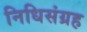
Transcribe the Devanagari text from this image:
निधिसंग्रह